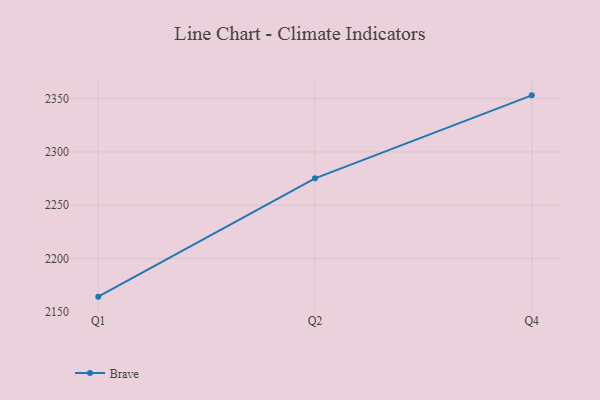
{"axis": {"x": "Quarter", "y": "Market Share (%)"}, "legend": ["Brave"], "data": [{"x": "Q1", "y": 2164.2, "type": "Brave"}, {"x": "Q2", "y": 2275.2, "type": "Brave"}, {"x": "Q4", "y": 2353.1, "type": "Brave"}]}